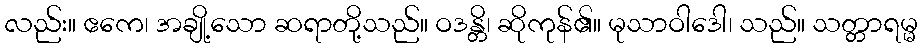
လည်း။ ဧကေ၊ အချို့သော ဆရာတို့သည်။ ဝဒန္တိ၊ ဆိုကုန်၏။ မုသာဝါဒေါ၊ သည်။ သတ္တာရမ္မ